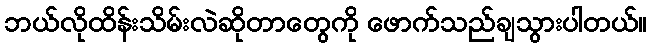
ဘယ်လိုထိန်းသိမ်းလဲဆိုတာတွေကို ဖောက်သည်ချသွားပါတယ်။